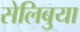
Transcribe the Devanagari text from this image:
सेलिबुया